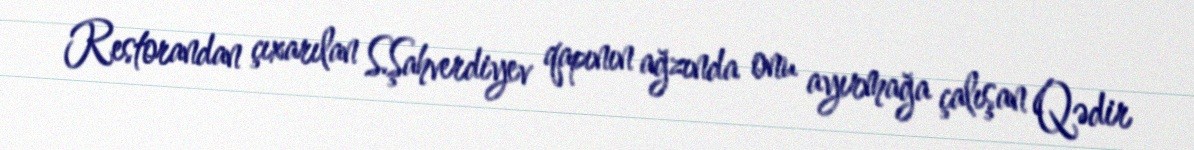
Restorandan çıxarılan S.Şahverdiyev qapının ağzında onu ayırmağa çalışan Qədir